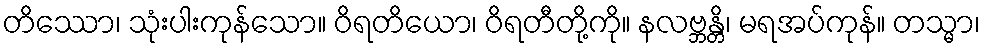
တိဿော၊ သုံးပါးကုန်သော။ ဝိရတိယော၊ ဝိရတီတို့ကို။ နလဗ္ဘန္တိ၊ မရအပ်ကုန်။ တသ္မာ၊